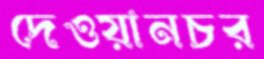
দেওয়ানচর